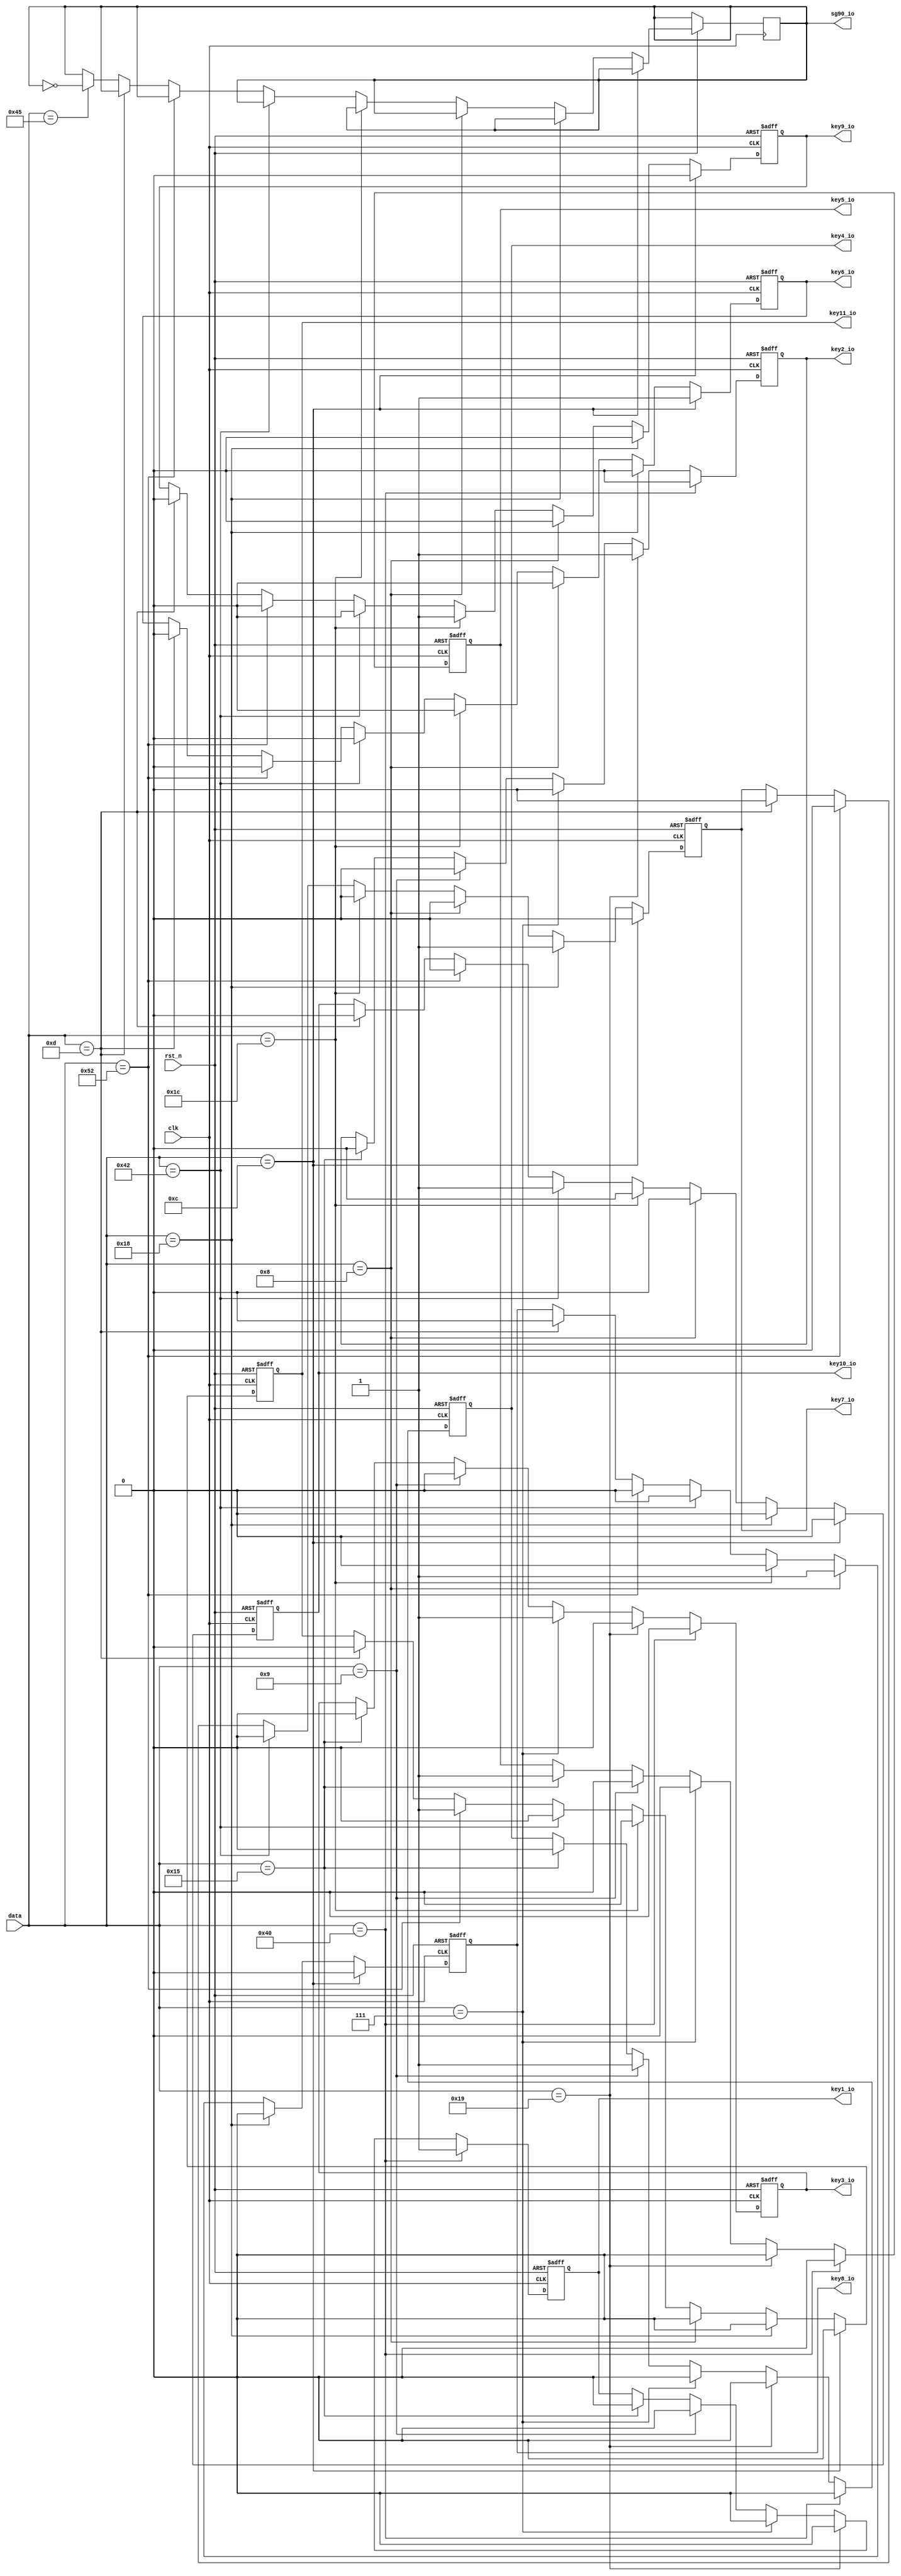
/*================================================*\
		  Filenamercv_out.v
			 AuthorXuKunyao
	  Descriptionkeyn_io
  Target Devices: XC6SLX16-2FTG256-2C
   Tool versions: ISE 14.6(nt64/P.68d) 
  			  Email905407267@qq.com
			Company
\*================================================*/

module rcv_out(
    input		  clk,
	 input 		  rst_n,
	 input [7:0]  data ,        //
    output   reg key1_io  ,      
    output   reg key2_io   ,    
    output   reg key3_io   ,      
    output   reg key4_io   ,       
    output   reg key5_io   ,

    output   reg key6_io  ,      
    output   reg key7_io   ,    
    output   reg key8_io   ,      
    output   reg key9_io   ,
	 output   reg key10_io  ,
	 output   reg key11_io  ,
	 output   reg sg90_io
	 );

always@(posedge clk or negedge rst_n)
	if(!rst_n)begin
		key1_io <= 1'b0;      
		key2_io <= 1'b0;      
		key3_io <= 1'b0;      
		key4_io <= 1'b0;      
		key5_io <= 1'b0;
//		sg90_io <= 1'b0;
		end      
	else if(data == 8'd64)begin
		key1_io <= 1'b1;      
		key2_io <= 1'b0;      
		key3_io <= 1'b0;      
		key4_io <= 1'b0;      
		key5_io <= 1'b0;
		end
	else if(data == 8'd25)begin
		key1_io <= 1'b0;      
		key2_io <= 1'b1;      
		key3_io <= 1'b0;      
		key4_io <= 1'b0;      
		key5_io <= 1'b0;
		end
	else if(data == 8'd7)begin
		key1_io <= 1'b0;      
		key2_io <= 1'b0;      
		key3_io <= 1'b1;      
		key4_io <= 1'b0;      
		key5_io <= 1'b0;
		end
	else if(data == 8'd9)begin
		key1_io <= 1'b0;      
		key2_io <= 1'b0;      
		key3_io <= 1'b0;      
		key4_io <= 1'b1;      
		key5_io <= 1'b0;
		end
	else if(data == 8'd21)begin
		key1_io <= 1'b0;      
		key2_io <= 1'b0;      
		key3_io <= 1'b0;      
		key4_io <= 1'b0;      
		key5_io <= 1'b1;
		end
	else;
	
always@(posedge clk or negedge rst_n)
	if(!rst_n)begin
		key6_io <= 1'b0;      
		key7_io <= 1'b0;      
		key8_io <= 1'b0;      
		key9_io <= 1'b0;
		key10_io <= 1'b0;
		key11_io <= 1'b0;
		end      
	else if(data == 8'd12)begin
		key6_io <= 1'b1;      
		key7_io <= 1'b0;      
		key8_io <= 1'b0;      
		key9_io <= 1'b0;  
		key10_io <= 1'b0;
		key11_io <= 1'b0;		
		end
	else if(data == 8'd24)begin
		key6_io <= 1'b0;      
		key7_io <= 1'b1;      
		key8_io <= 1'b0;      
		key9_io <= 1'b0;    
		key10_io <= 1'b0;
		key11_io <= 1'b0;
		end
	else if(data == 8'd8)begin
		key6_io <= 1'b0;      
		key7_io <= 1'b0;      
		key8_io <= 1'b1;      
		key9_io <= 1'b0;  
		key10_io <= 1'b0;
		key11_io <= 1'b0;		
		end
	else if(data == 8'd28)begin
		key6_io <= 1'b0;      
		key7_io <= 1'b0;      
		key8_io <= 1'b0;      
		key9_io <= 1'b1; 
		key10_io <= 1'b0;
		key11_io <= 1'b0;		
		end
	else if(data == 8'd66)begin
		key6_io <= 1'b0;      
		key7_io <= 1'b0;      
		key8_io <= 1'b0;      
		key9_io <= 1'b0; 
		key10_io <= 1'b1;
		key11_io <= 1'b0;		
		end
	else if(data == 8'd82)begin
		key6_io <= 1'b0;      
		key7_io <= 1'b0;      
		key8_io <= 1'b0;      
		key9_io <= 1'b0; 
		key10_io <= 1'b0;
		key11_io <= 1'b1;		
		end
	else if(data == 8'd13)begin
		key6_io <= 1'b0;      
		key7_io <= 1'b0;      
		key8_io <= 1'b0;      
		key9_io <= 1'b0;   
		key10_io <= 1'b0;
		key11_io <= 1'b0;		
		end
	else if(data == 8'd69)begin
		sg90_io <= ~sg90_io;      
		end
	else;

endmodule